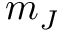
m _ { J }